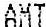
AMT